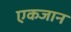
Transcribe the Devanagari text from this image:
एकजान